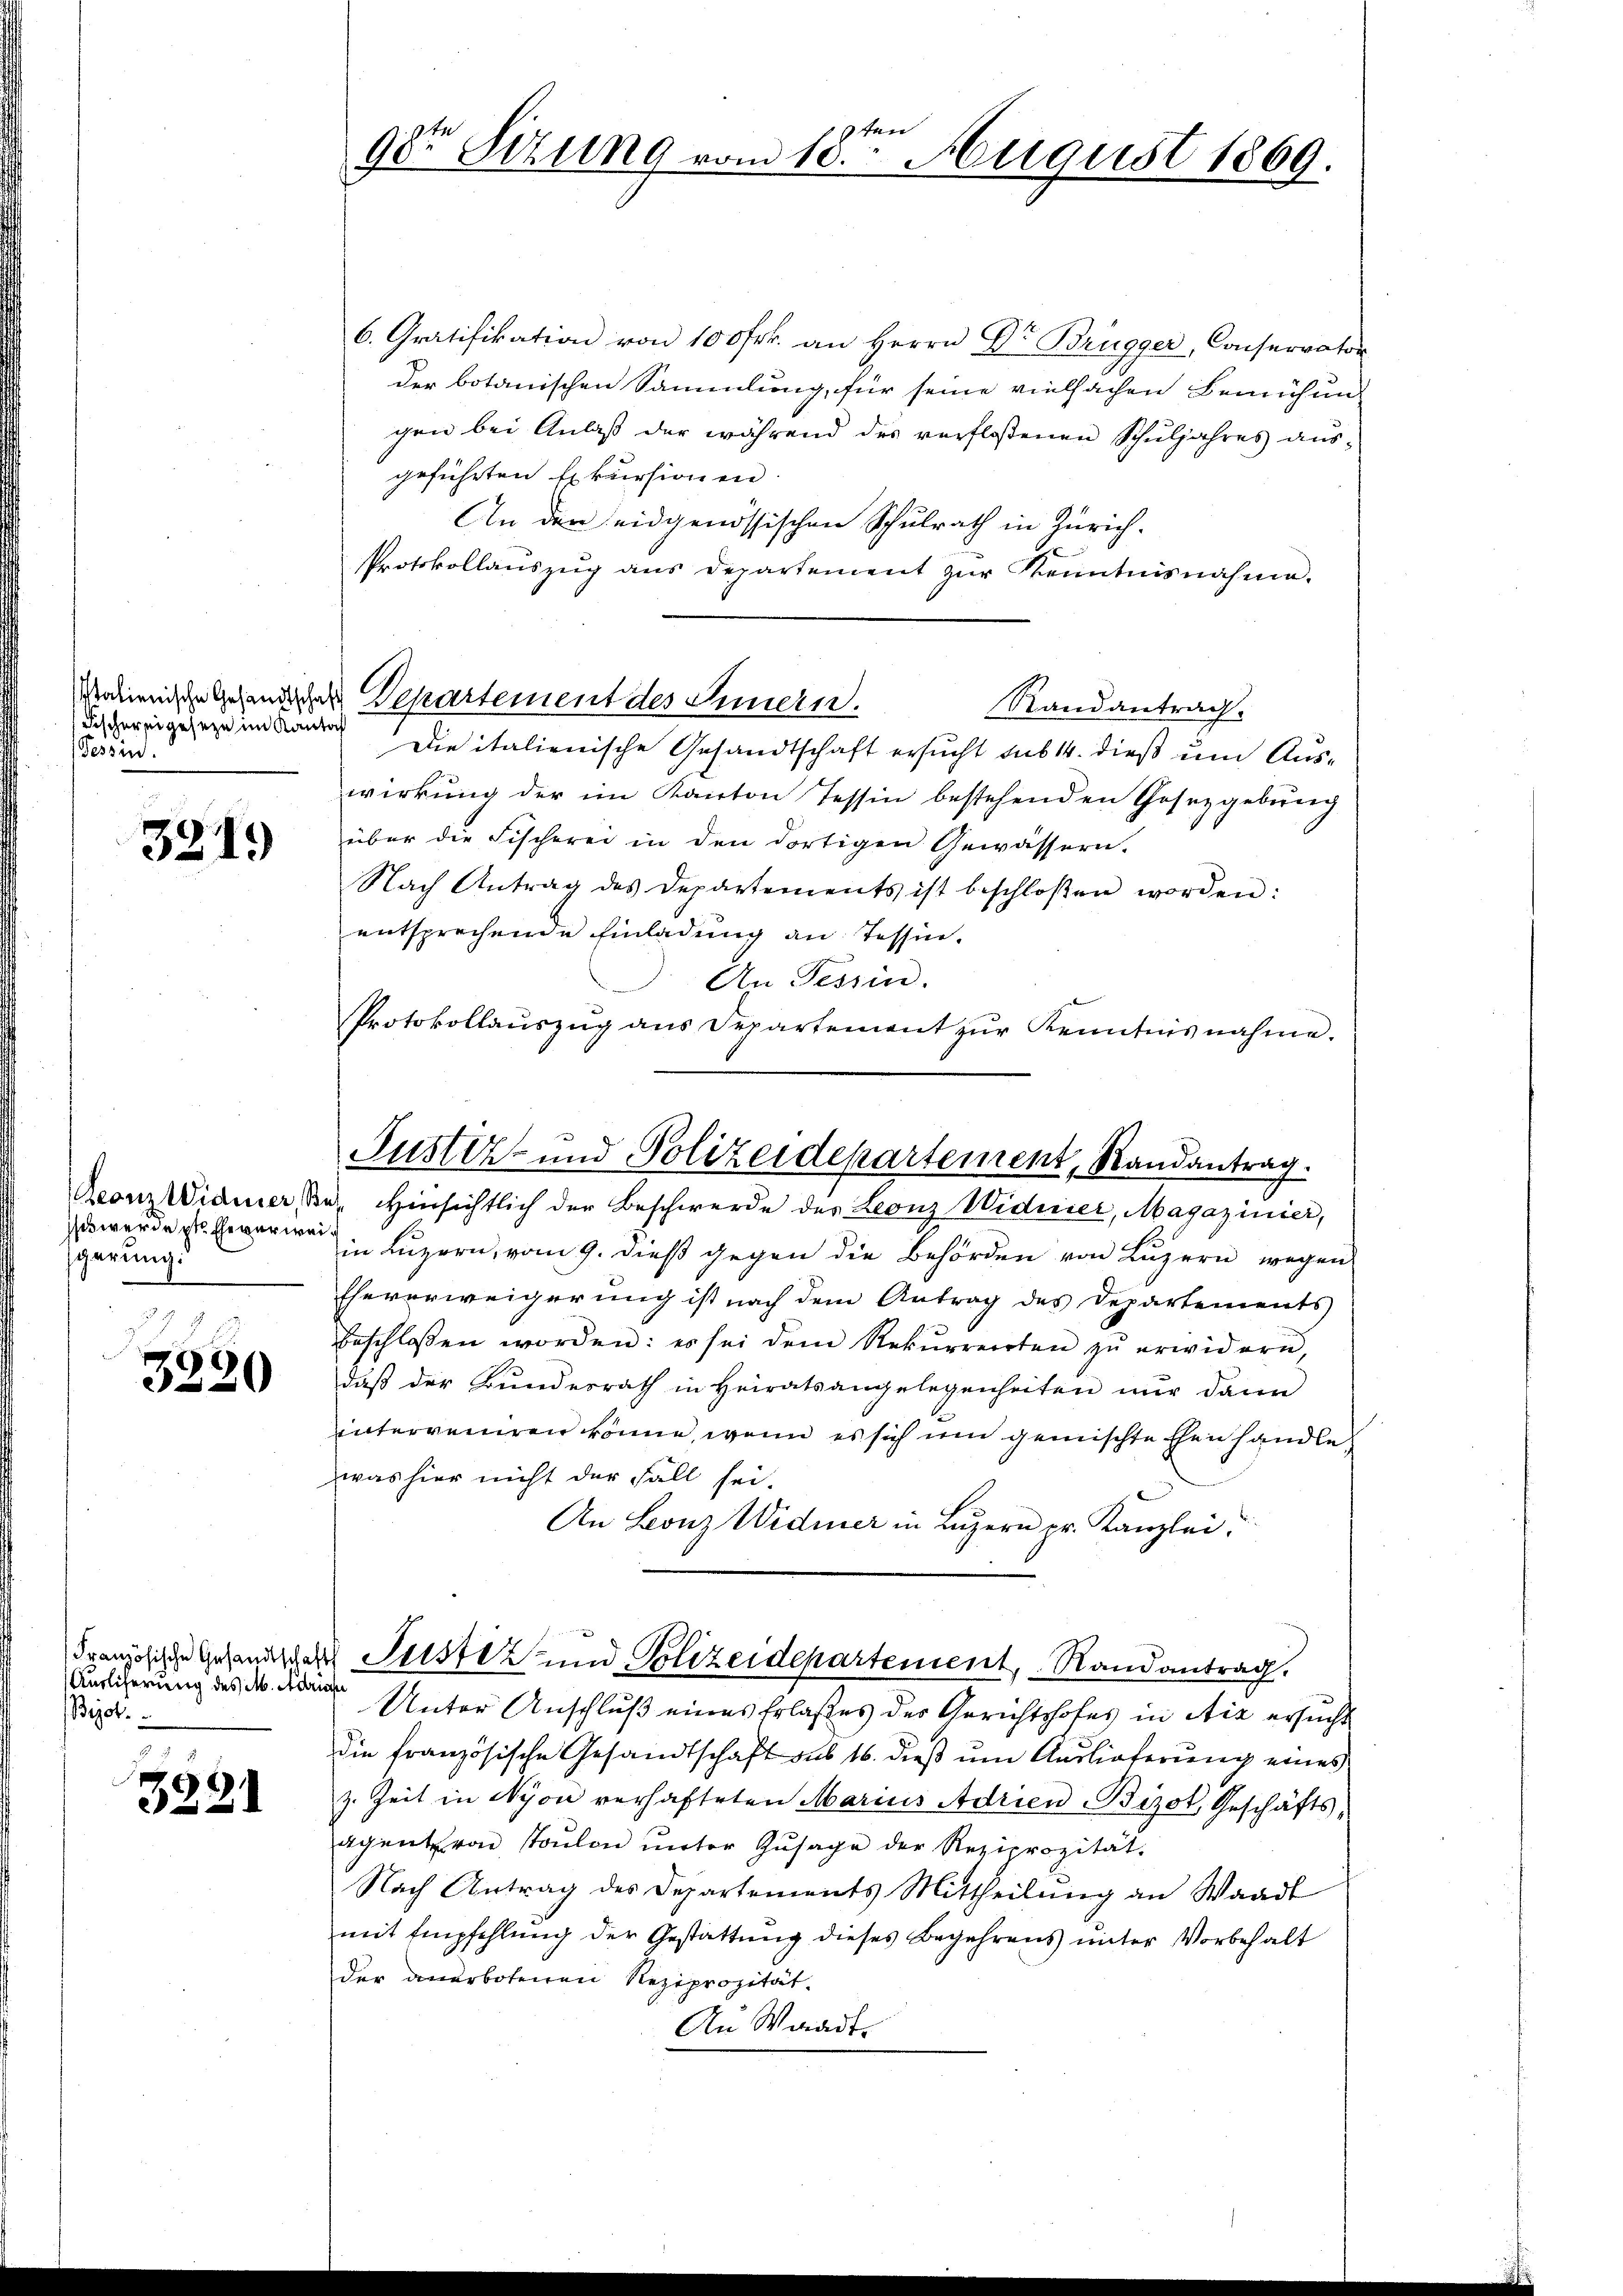
Fischer eigeseze im Kanto
Tessin.

3219

sos werde pr Eheverweigarung:

3330

Ausliferung des M. Adria
Bijot.

s
3231

6. Gratifikation von 100 Frk. an Herrn Dr Brügger, Conservator
der botanischen Sammlung, für seine vielfachen Bemühun-
gen bei Anlaß der während des verflossenen Schuljahres ausgeführten Exkursionen
An den eidgenössischen Schulrath in Zürich.
Protokollauszug aus departement zŭr Kenntnisnahme.
Randantrag.
Die italienische Gesandtschaft ersucht sub 14. dieß um Auswirkung der im Kanton Tessin bestehenden Gesetzgebung
über die Fischerei in den dortigen Gewässern.
Nach Antrag des Departements ist beschloßen worden:
entsprechende Einladung an Tessin.
An Tessin.
Protokollaŭszŭg ans Departement zŭr Kenntnisnahme.
Reonz Widmer, Se. Hinsichtlich der Beschwerde des Leonz Widerier, Magazinier,
in Luzern, vom 9. dieß gegen die Behörden von Luzern wegen
Eheverweigerung ist nach dem Antrag des Departements
beschlossen worden: es sei dem Rekŭrrenten zŭ erwidern,
daß der Bundesrath in Heiratsangelegenheiten nur dann
interveniren könne, wenn es sich um gemischte Ehen handle
was hier nicht der Fall sei.
An Leonz Widmer in Luzern pr. Kanzlei.
Französische Gesandtsche Justiz und Polizeidepartement, Randantrag
Unter Anschluß eines Erlaßes der Gerichtshofes in die ersucht
die französische Gesandtschaft aus 16. dieß um Auslieferung eines
z. Zeit in Nyon verhafteten Marius Adrien-Bizot Geschäfts-
Agent von Toulon unter Zusage der Reziprozität.
Nach Antrag des Departements Mittheilŭng an Waadt
mit Empfehlung der Gestattung dieses Begehrens unter Vorbehalt
der anerbotenen Reziprozität.
An Waadt

pten
98te Sitzung vom 10. August 1869.

sodienische Gegendlichen Departement des Innern.

Justiz- und Polizeidepartement, Randantrag.